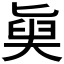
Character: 𡙊